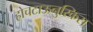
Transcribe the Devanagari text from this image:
होचटाऊनुस्क्रिस